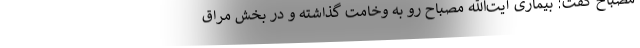
مصباح گفت: بیماری آیت‌الله مصباح رو به وخامت گذاشته و در بخش مراق